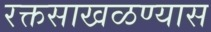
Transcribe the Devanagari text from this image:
रक्तसाखळण्यास